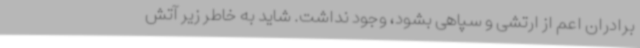
برادران اعم از ارتشی و سپاهی بشود، وجود نداشت. شاید به خاطر زیر آتش